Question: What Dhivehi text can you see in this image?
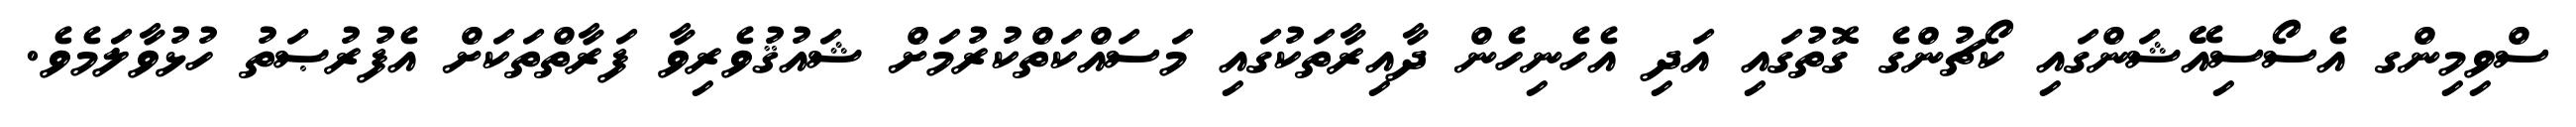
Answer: ސްވިމިންގ އެސޯސިއޭޝަންގައި ކޯޗުންގެ ގޮތުގައި އަދި އެހެނިހެން ދާއިރާތަކުގައި މަސައްކަތްކުރުމަށް ޝައުޤުވެރިވާ ފަރާތްތަކަށް އެފުރުޞަތު ހުޅުވާލަމެވެ.